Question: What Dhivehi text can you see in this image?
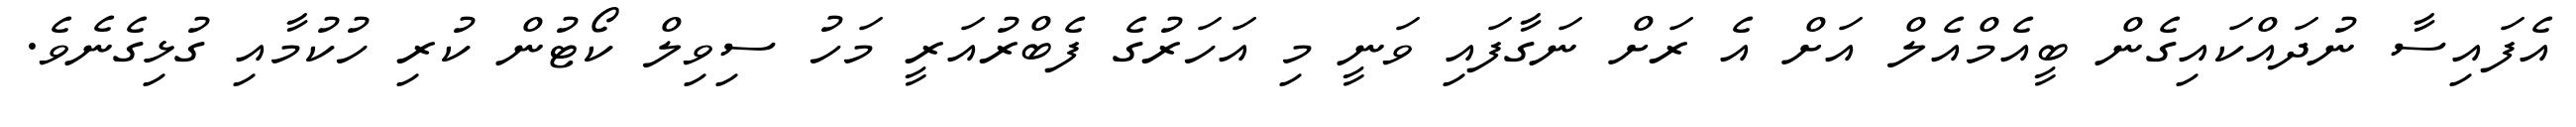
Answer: އެފައިސާ ނުދައްކައިގެން ބީއެމްއެލް އަށް އެ ރަށް ނަގާފައި ވަނީ މި އަހަރުގެ ފެބްރުއަރީ މަހު ސިވިލް ކޯޓުން ކުރި ހުކުމާއި ގުޅިގެނެވެ.